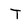
Character: t